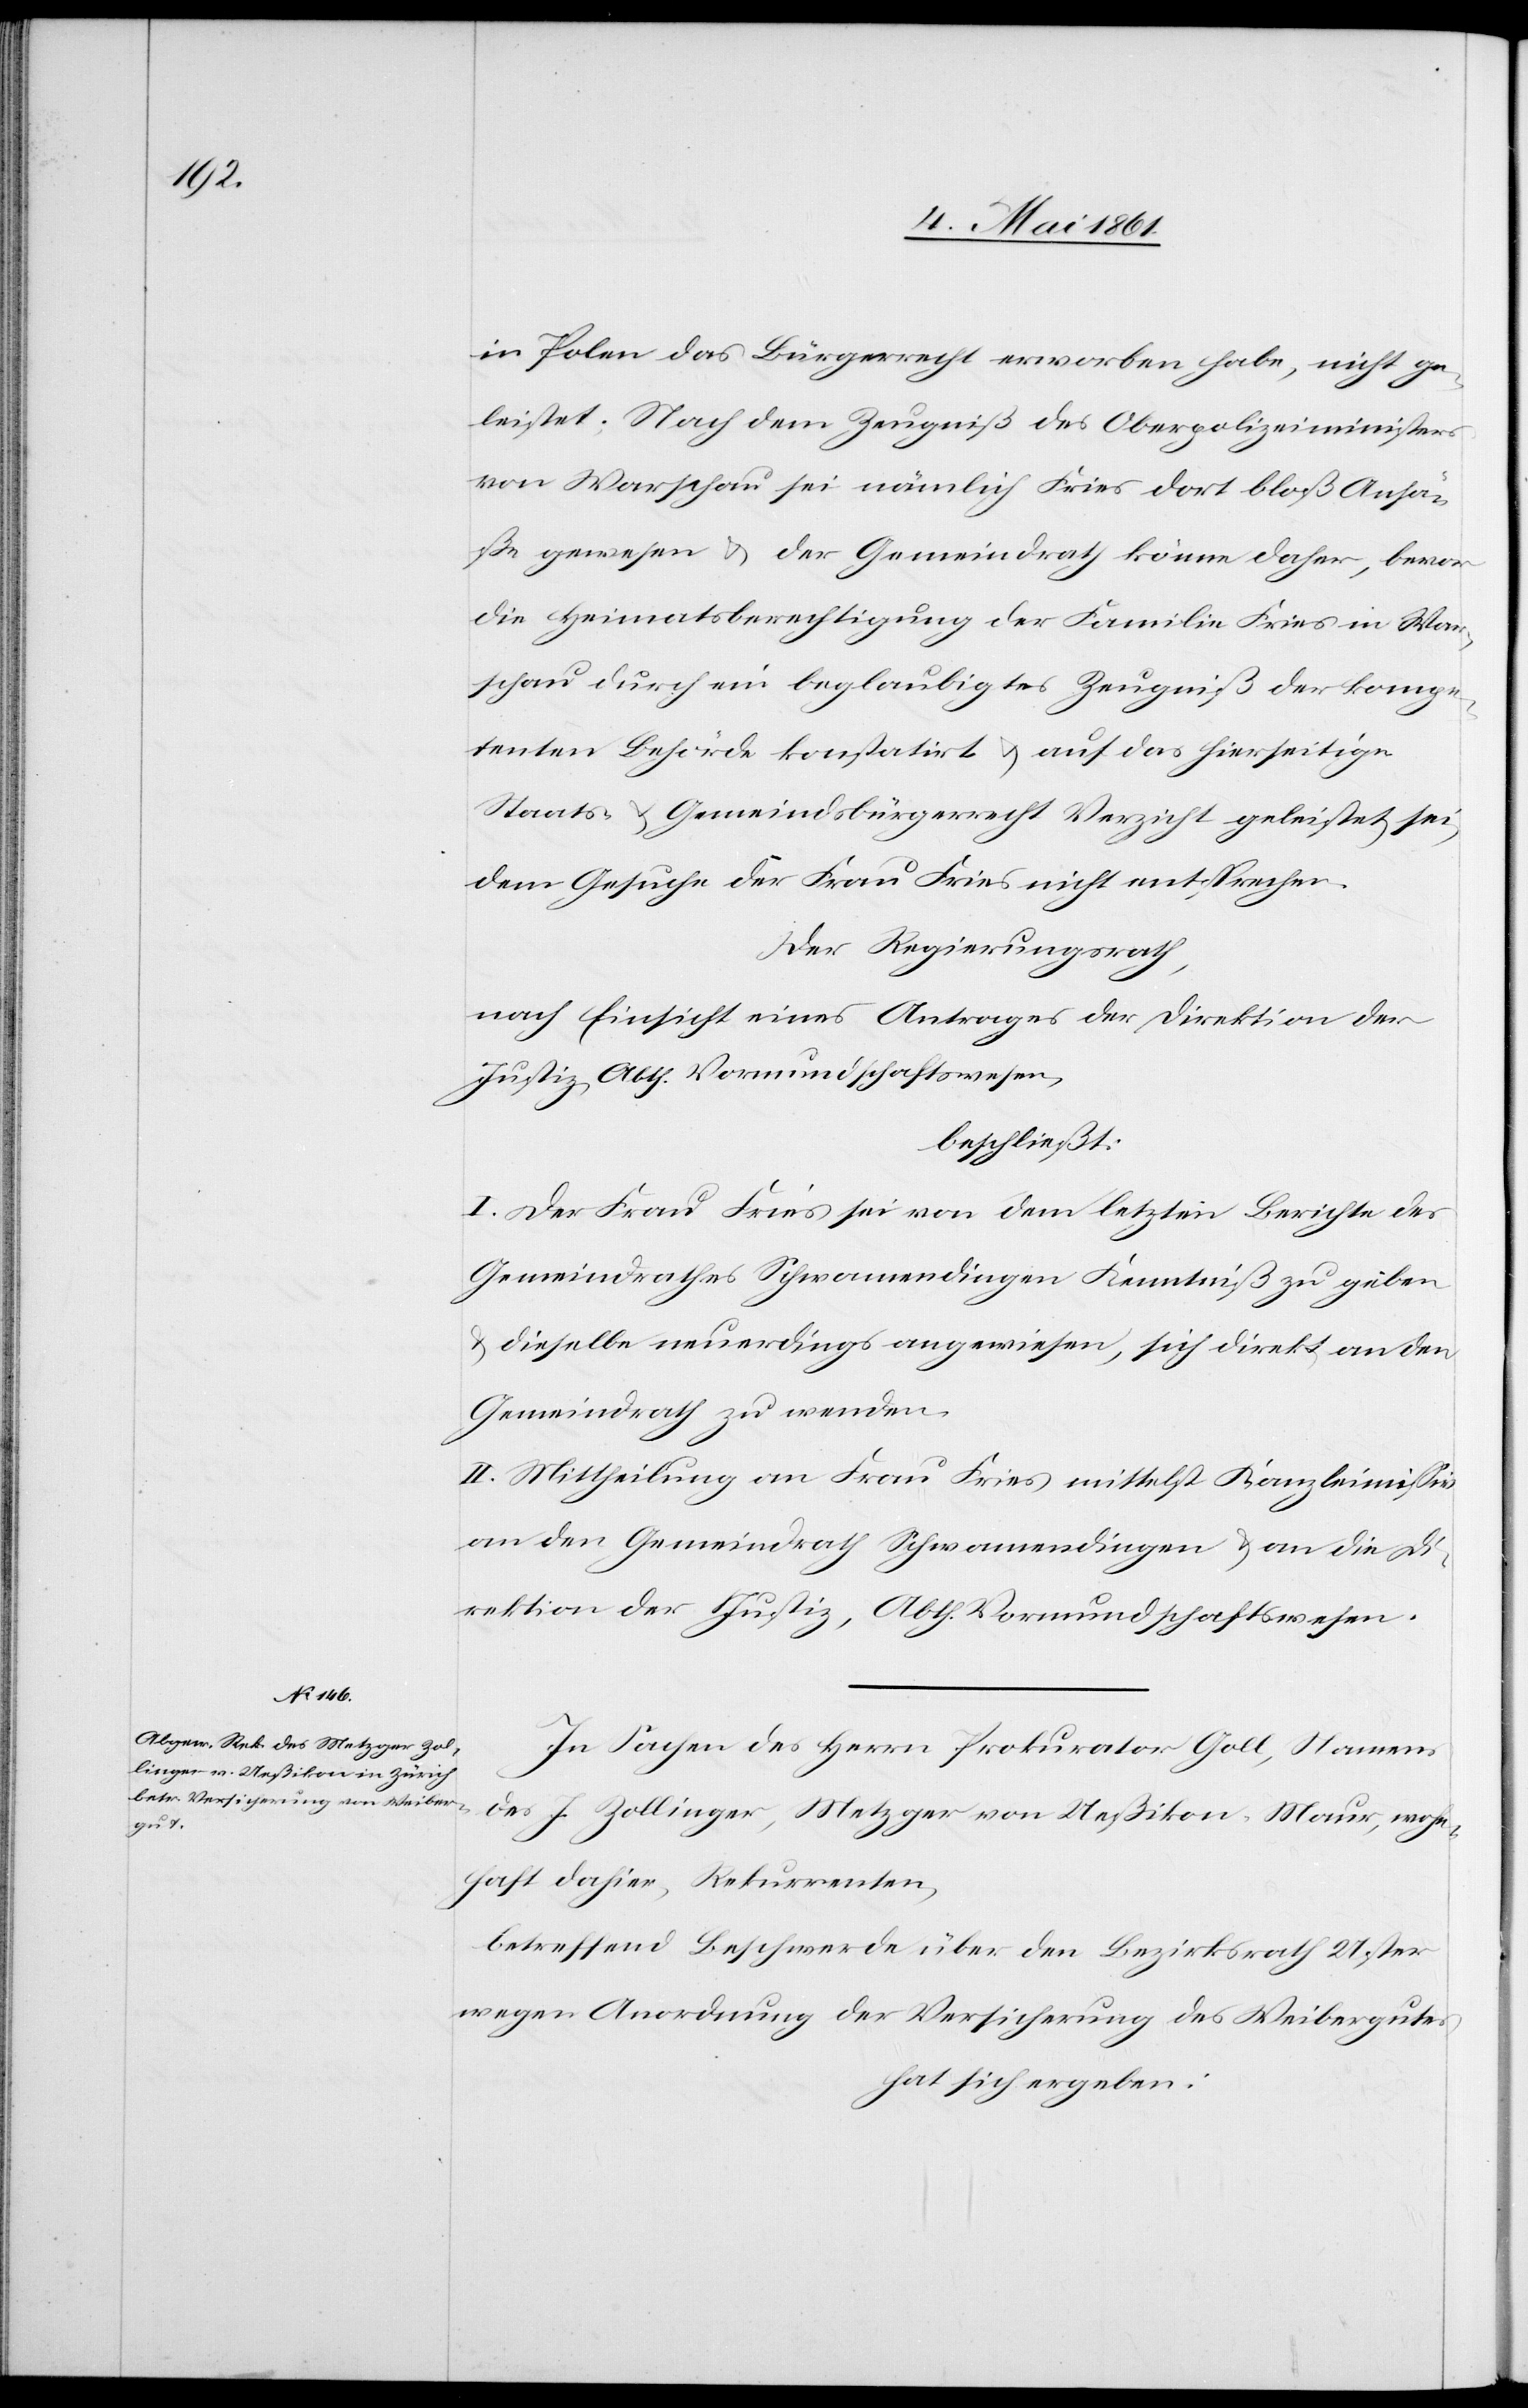
in Polen das Bürgerrecht erworben habe, nicht ge¬
leistet: Nach dem Zeugniß des Oberpolizeiministers
von Warschau sei nämlich Fries dort bloß Ansä¬
ße gewesen u. der Gemeindrath könne daher, bevor
die Heimatsberechtigung der Familie Fries in War¬
schau durch ein beglaubigtes Zeugniß der kompe¬
tenten Behörde konstatirt u. auf das hierseitige
Staats- u. Gemeindsbürgerrecht Verzicht geleistet sei,
dem Gesuche der Frau Fries nicht entsprechen.
Der Regierungsrath,
nach Einsicht eines Antrages der Direktion der
Justiz, Abth. Vormundschaftswesen,
beschließt:
I. Der Frau Fries sei von dem letzten Berichte des
Gemeindrathes Schwamendingen Kenntniß zu geben
u. dieselbe neuerdings angewiesen, sich direkt an den
Gemeindrath zu wenden.
II. Mittheilung an Frau Fries mittelst Kanzleimissiv
an den Gemeindrath Schwamendingen u. an die Di¬
rektion der Justiz, Abth. Vormundschaftswesen.
In Sachen des Herrn Prokurator Goll, Namens
des J. Zollinger, Metzger von Ueßikon-Maur, wohn¬
haft dahier, Rekurrenten,
betreffend Beschwerde über den Bezirksrath Uster
wegen Anordnung der Versicherung des Weibergutes
hat sich ergeben: